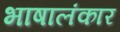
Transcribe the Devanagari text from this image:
भाषालंकार